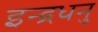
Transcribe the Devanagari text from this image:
इन्द्रधनु